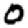
Digit: 0